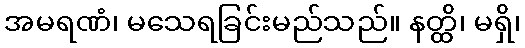
အမရဏံ၊ မသေရခြင်းမည်သည်။ နတ္ထိ၊ မရှိ၊